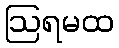
ဩရမထ